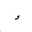
Letter: _hamza